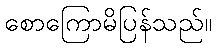
စောကြောမိပြန်သည်။